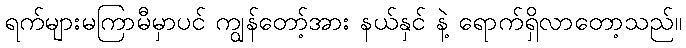
ရက်များမကြာမီမှာပင် ကျွန်တော့်အား နယ်နှင် နဲ့ ရောက်ရှိလာတော့သည်။